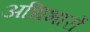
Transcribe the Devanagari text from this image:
अधिभारों